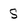
Character: s